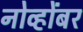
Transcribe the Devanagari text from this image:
नोव्होंबर